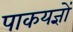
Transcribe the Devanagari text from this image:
पाकयज्ञों